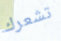
تشعرك